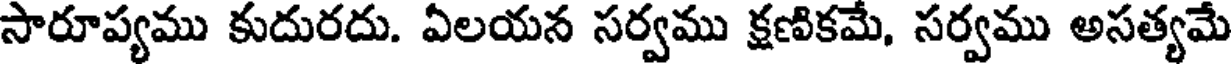
సారూప్యము కుదురదు. ఏలయన సర్వము క్షణికమే, సర్వము అసత్యమే